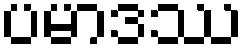
ပမာဒဿ